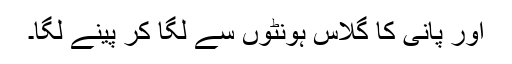
اور پانی کا گلاس ہونٹوں سے لگا کر پینے لگا۔